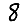
Digit: 8